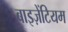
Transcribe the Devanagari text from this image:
बाइज़ेंटियम